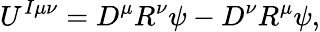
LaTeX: U^{I\mu\nu}=D^{\mu}R^{\nu}\psi-D^{\nu}R^{\mu}\psi,